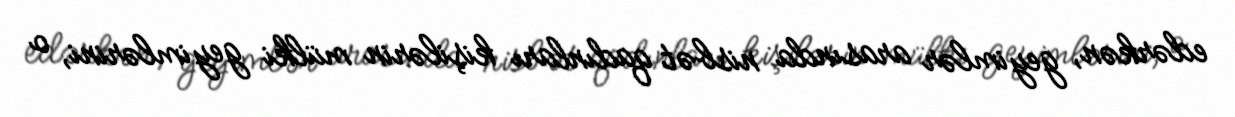
edərkən, geyimlər arasında nisbət qadınları kişilərin mülki geyimlərini, o